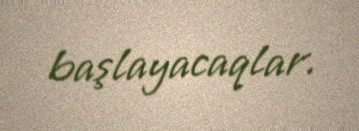
başlayacaqlar.